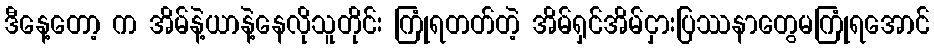
ဒီနေ့တော့ က အိမ်နဲ့ယာနဲ့နေလိုသူတိုင်း ကြုံရတတ်တဲ့ အိမ်ရှင်အိမ်ငှားပြဿနာတွေမကြုံရအောင်